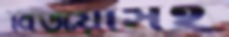
বিজয়ীসহ